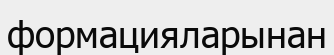
формацияларынан